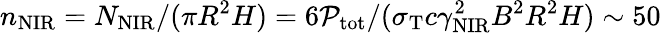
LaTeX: n_{\mathrm{NIR}}=N_{\mathrm{NIR}}/(\pi R^{2}H)=6\mathcal{P}_{\mathrm{tot}}/(\sigma_{\mathrm{T}}c\gamma_{\mathrm{NIR}}^{2}B^{2}R^{2}H)\sim 50